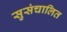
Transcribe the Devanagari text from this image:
सुसंचालित